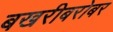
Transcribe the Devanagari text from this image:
बखरीबरोबर